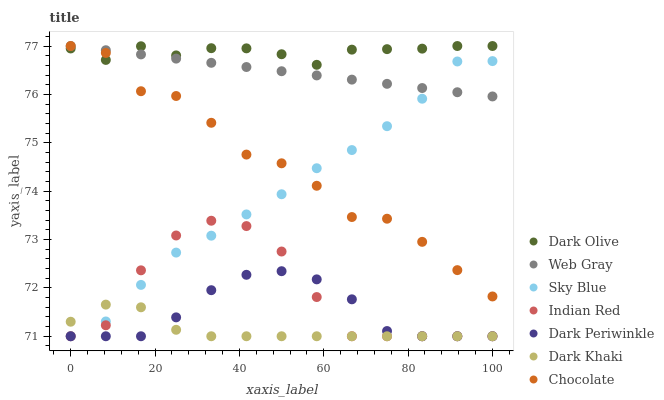
| xaxis_label | Dark Olive | Web Gray | Sky Blue | Indian Red | Dark Periwinkle | Dark Khaki | Chocolate |
 | --- | --- | --- | --- | --- | --- | --- | --- |
 | 0 | 76.9 | 77 | 71 | 71 | 71 | 71.3 | 77 |
 | 8.33 | 76.7 | 76.9 | 71.3 | 71.2 | 71 | 71.7 | 76.9 |
 | 16.7 | 77 | 76.8 | 72.1 | 72.4 | 71 | 71.6 | 76.1 |
 | 25 | 76.8 | 76.7 | 72.7 | 73.1 | 71.4 | 71.1 | 76 |
 | 33.3 | 77 | 76.7 | 73.1 | 73.4 | 72 | 71 | 75.4 |
 | 41.7 | 77 | 76.6 | 73.5 | 73.3 | 72.3 | 71 | 74.8 |
 | 50 | 76.8 | 76.5 | 73.9 | 72.8 | 72.3 | 71 | 74.6 |
 | 58.3 | 76.6 | 76.4 | 74.5 | 71.8 | 72.2 | 71 | 74.1 |
 | 66.7 | 76.9 | 76.3 | 74.8 | 71 | 71.8 | 71 | 73.5 |
 | 75 | 76.9 | 76.2 | 75.3 | 71 | 71.1 | 71 | 73.4 |
 | 83.3 | 76.9 | 76.1 | 75.9 | 71 | 71 | 71 | 73 |
 | 91.7 | 77 | 76 | 76.7 | 71 | 71 | 71 | 72.4 |
 | 100 | 77 | 76 | 76.7 | 71 | 71 | 71 | 71.8 |